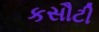
કસૌટી